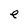
Character: e